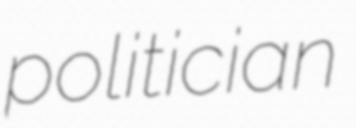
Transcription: politician